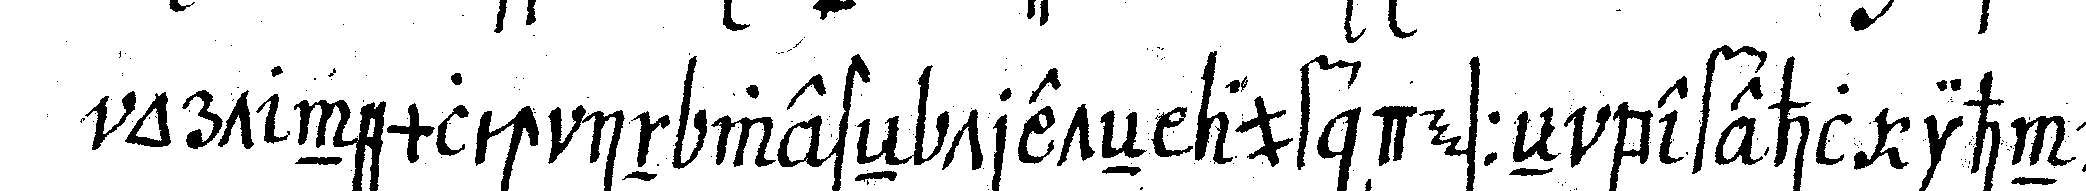
ort nemlich in iwesteN treteN auf desseN befehl ihn